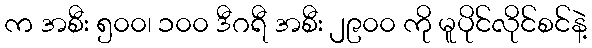
က အစီး ၅၀၀၊ ၁၀၀ ဒီဂရီ အစီး ၂၉၀၀ ကို မူပိုင်လိုင်စင်နဲ့